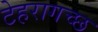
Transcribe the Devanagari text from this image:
टेहरागच्छ